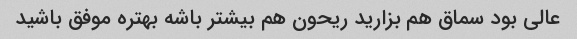
عالی بود سماق هم بزارید ریحون هم بیشتر باشه بهتره موفق باشید